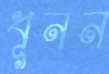
ধূনন